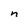
Character: n